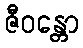
ဇီဝန္တော